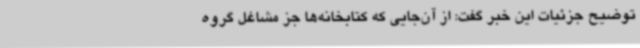
توضیح جزئیات این خبر گفت: از آن‌جایی که کتابخانه‌ها جز مشاغل گروه